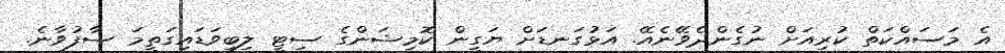
އެ މަސައްކަތް ކުރިއަށް ނުގެންދެވޭނެއޭ. އަޅުގަނޑަށް ޔަގީން ކޮމިޝަންގެ ސިޓީ ލިބިވަޑައިގަތީމަ ސާފުވާނެ.